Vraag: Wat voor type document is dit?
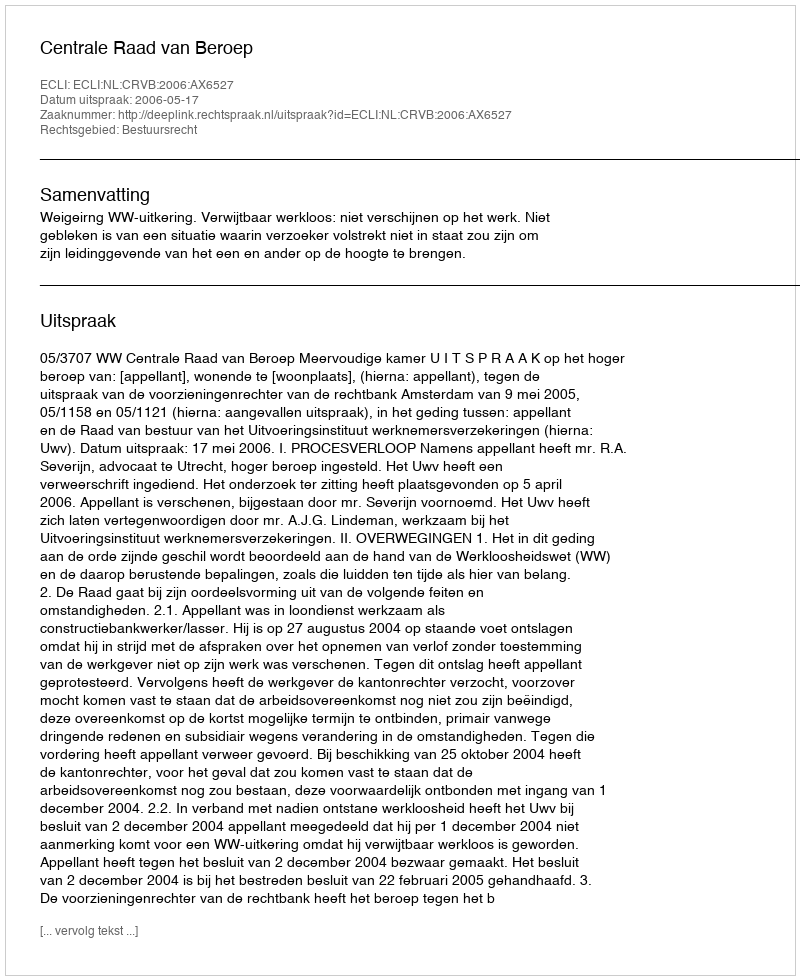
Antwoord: Uitspraak